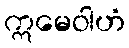
ဣမေဝါဟံ